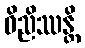
ဝိညိဿန္တိ